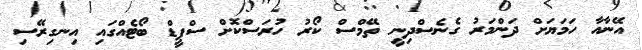
އޭނާއާ ހަމަޔަށް ދަންމަރު ގެނެސްދިނީ ތޭމްސް ކޯރު ހުރަސްކޮށް ސްޕީޑް ބޯޓެއްގައި އިނގިރޭސި